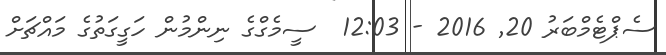
ސެޕްޓެމްބަރު 20